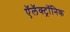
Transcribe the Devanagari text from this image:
ऍलॅक्ट्रॉनिक